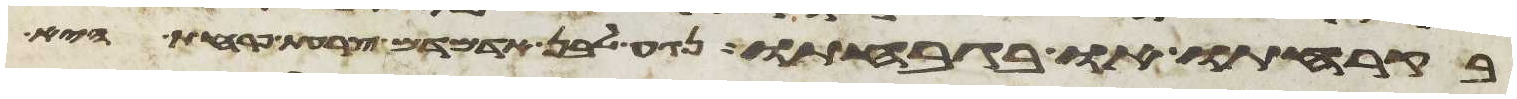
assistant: בקרחתו או בגבחתו נגע לבן אדמדם צרעת פרחת היא